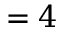
= 4